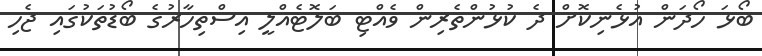
ބޯޅަ ހޯދަން އުޅެނިކޮށް ދެ ކުޅުންތެރިން ވެއްޓި ބަލޮޓެއްލީ އިސްތިހާރުގެ ބޯޑުތަކުގައި ޖެހި